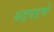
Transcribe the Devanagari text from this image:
धडपडणे